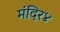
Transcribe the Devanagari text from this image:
मंदिर४